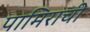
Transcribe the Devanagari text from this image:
पामिराची